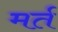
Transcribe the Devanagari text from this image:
मर्त